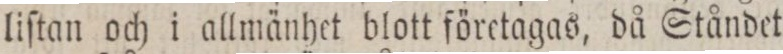
liſtan och i allmänhet blott företagas, då Ståndet